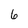
Character: 6